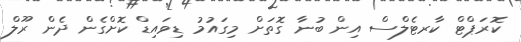
ކޮރަޕްޓް ކާރޓެލްސް އިން ބުނާ ގޮތަށް މިގައުމު ޑިވައިޑް ކޮށްގެން ދެން ރޫލް